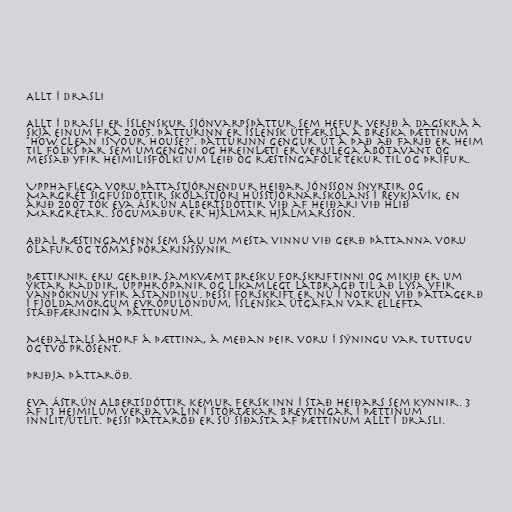
Allt í drasli

Allt í drasli er íslenskur sjónvarpsþáttur sem hefur verið á dagskrá á
Skjá einum frá 2005. Þátturinn er íslensk útfærsla á breska þættinum
"How Clean is Your House?". Þátturinn gengur út á það að farið er heim
til fólks þar sem umgengni og hreinlæti er verulega ábótavant og
messað yfir heimilisfólki um leið og ræstingafólk tekur til og þrífur.

Upphaflega voru þáttastjórnendur Heiðar Jónsson snyrtir og
Margrét Sigfúsdóttir skólastjóri Hússtjórnarskólans í Reykjavík, en
árið 2007 tók Eva Ásrún Albertsdóttir við af Heiðari við hlið
Margrétar. Sögumaður er Hjálmar Hjálmarsson.

Aðal ræstingamenn sem sáu um mesta vinnu við gerð þáttanna voru
Ólafur og Tómas Þórarinssynir.

Þættirnir eru gerðir samkvæmt bresku forskriftinni og mikið er um
ýktar raddir, upphrópanir og líkamlegt látbragð til að lýsa yfir
vanþóknun yfir ástandinu. Þessi forskrift er nú í notkun við þáttagerð
í fjöldamörgum Evrópulöndum, íslenska útgáfan var ellefta
staðfæringin á þáttunum.

Meðaltals áhorf á þættina, á meðan þeir voru í sýningu var tuttugu
og tvö prósent.

þriðja þáttaröð.

Eva Ástrún Albertsdóttir kemur fersk inn í stað Heiðars sem kynnir. 3
af 13 heimilum verða valin í stórtækar breytingar í þættinum
Innlit/útlit. Þessi þáttaröð er sú síðasta af þættinum Allt í drasli.